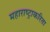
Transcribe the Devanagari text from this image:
महाराष्ट्राकरिता